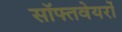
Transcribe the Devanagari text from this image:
सॉफ्तवेयरों